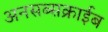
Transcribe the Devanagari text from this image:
अनसब्सक्राईब